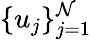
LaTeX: \{ u_{j}\} _{j=1}^{\mathcal{N}}